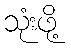
သုံးဖို့